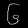
Digit: ၆